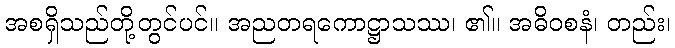
အစရှိသည်တို့တွင်ပင်။ အညတရကောဋ္ဌာသဿ၊ ၏။ အဓိဝစနံ၊ တည်း၊